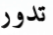
تدور